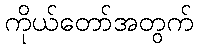
ကိုယ်တော်အတွက်